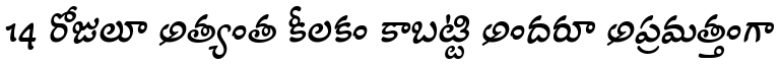
14 రోజులూ అత్యంత కీలకం కాబట్టి అందరూ అప్రమత్తంగా